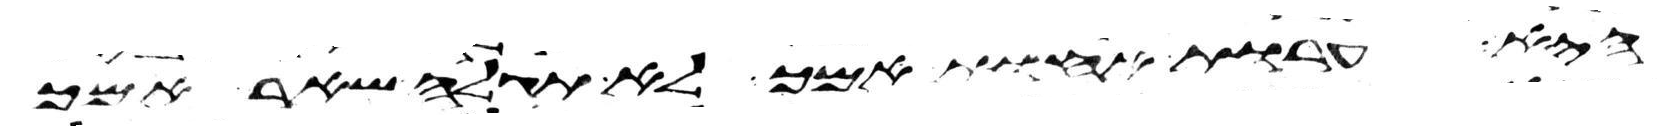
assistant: היא ערות אחות אמך לא תגלה שאר אמך